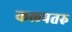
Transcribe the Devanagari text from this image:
कल्‍पतरु